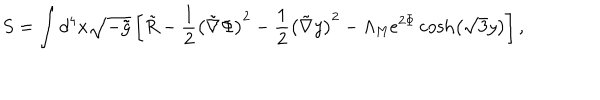
LaTeX: S = \int d ^ { 4 } x \sqrt { - \tilde { g } } \left[ \tilde { R } - \frac { 1 } { 2 } \left( \tilde { \nabla } \Phi \right) ^ { 2 } - \frac { 1 } { 2 } \left( \tilde { \nabla } y \right) ^ { 2 } - \Lambda _ { \mathrm { M } } e ^ { 2 \Phi } \cosh \left( \sqrt { 3 } y \right) \right] ,